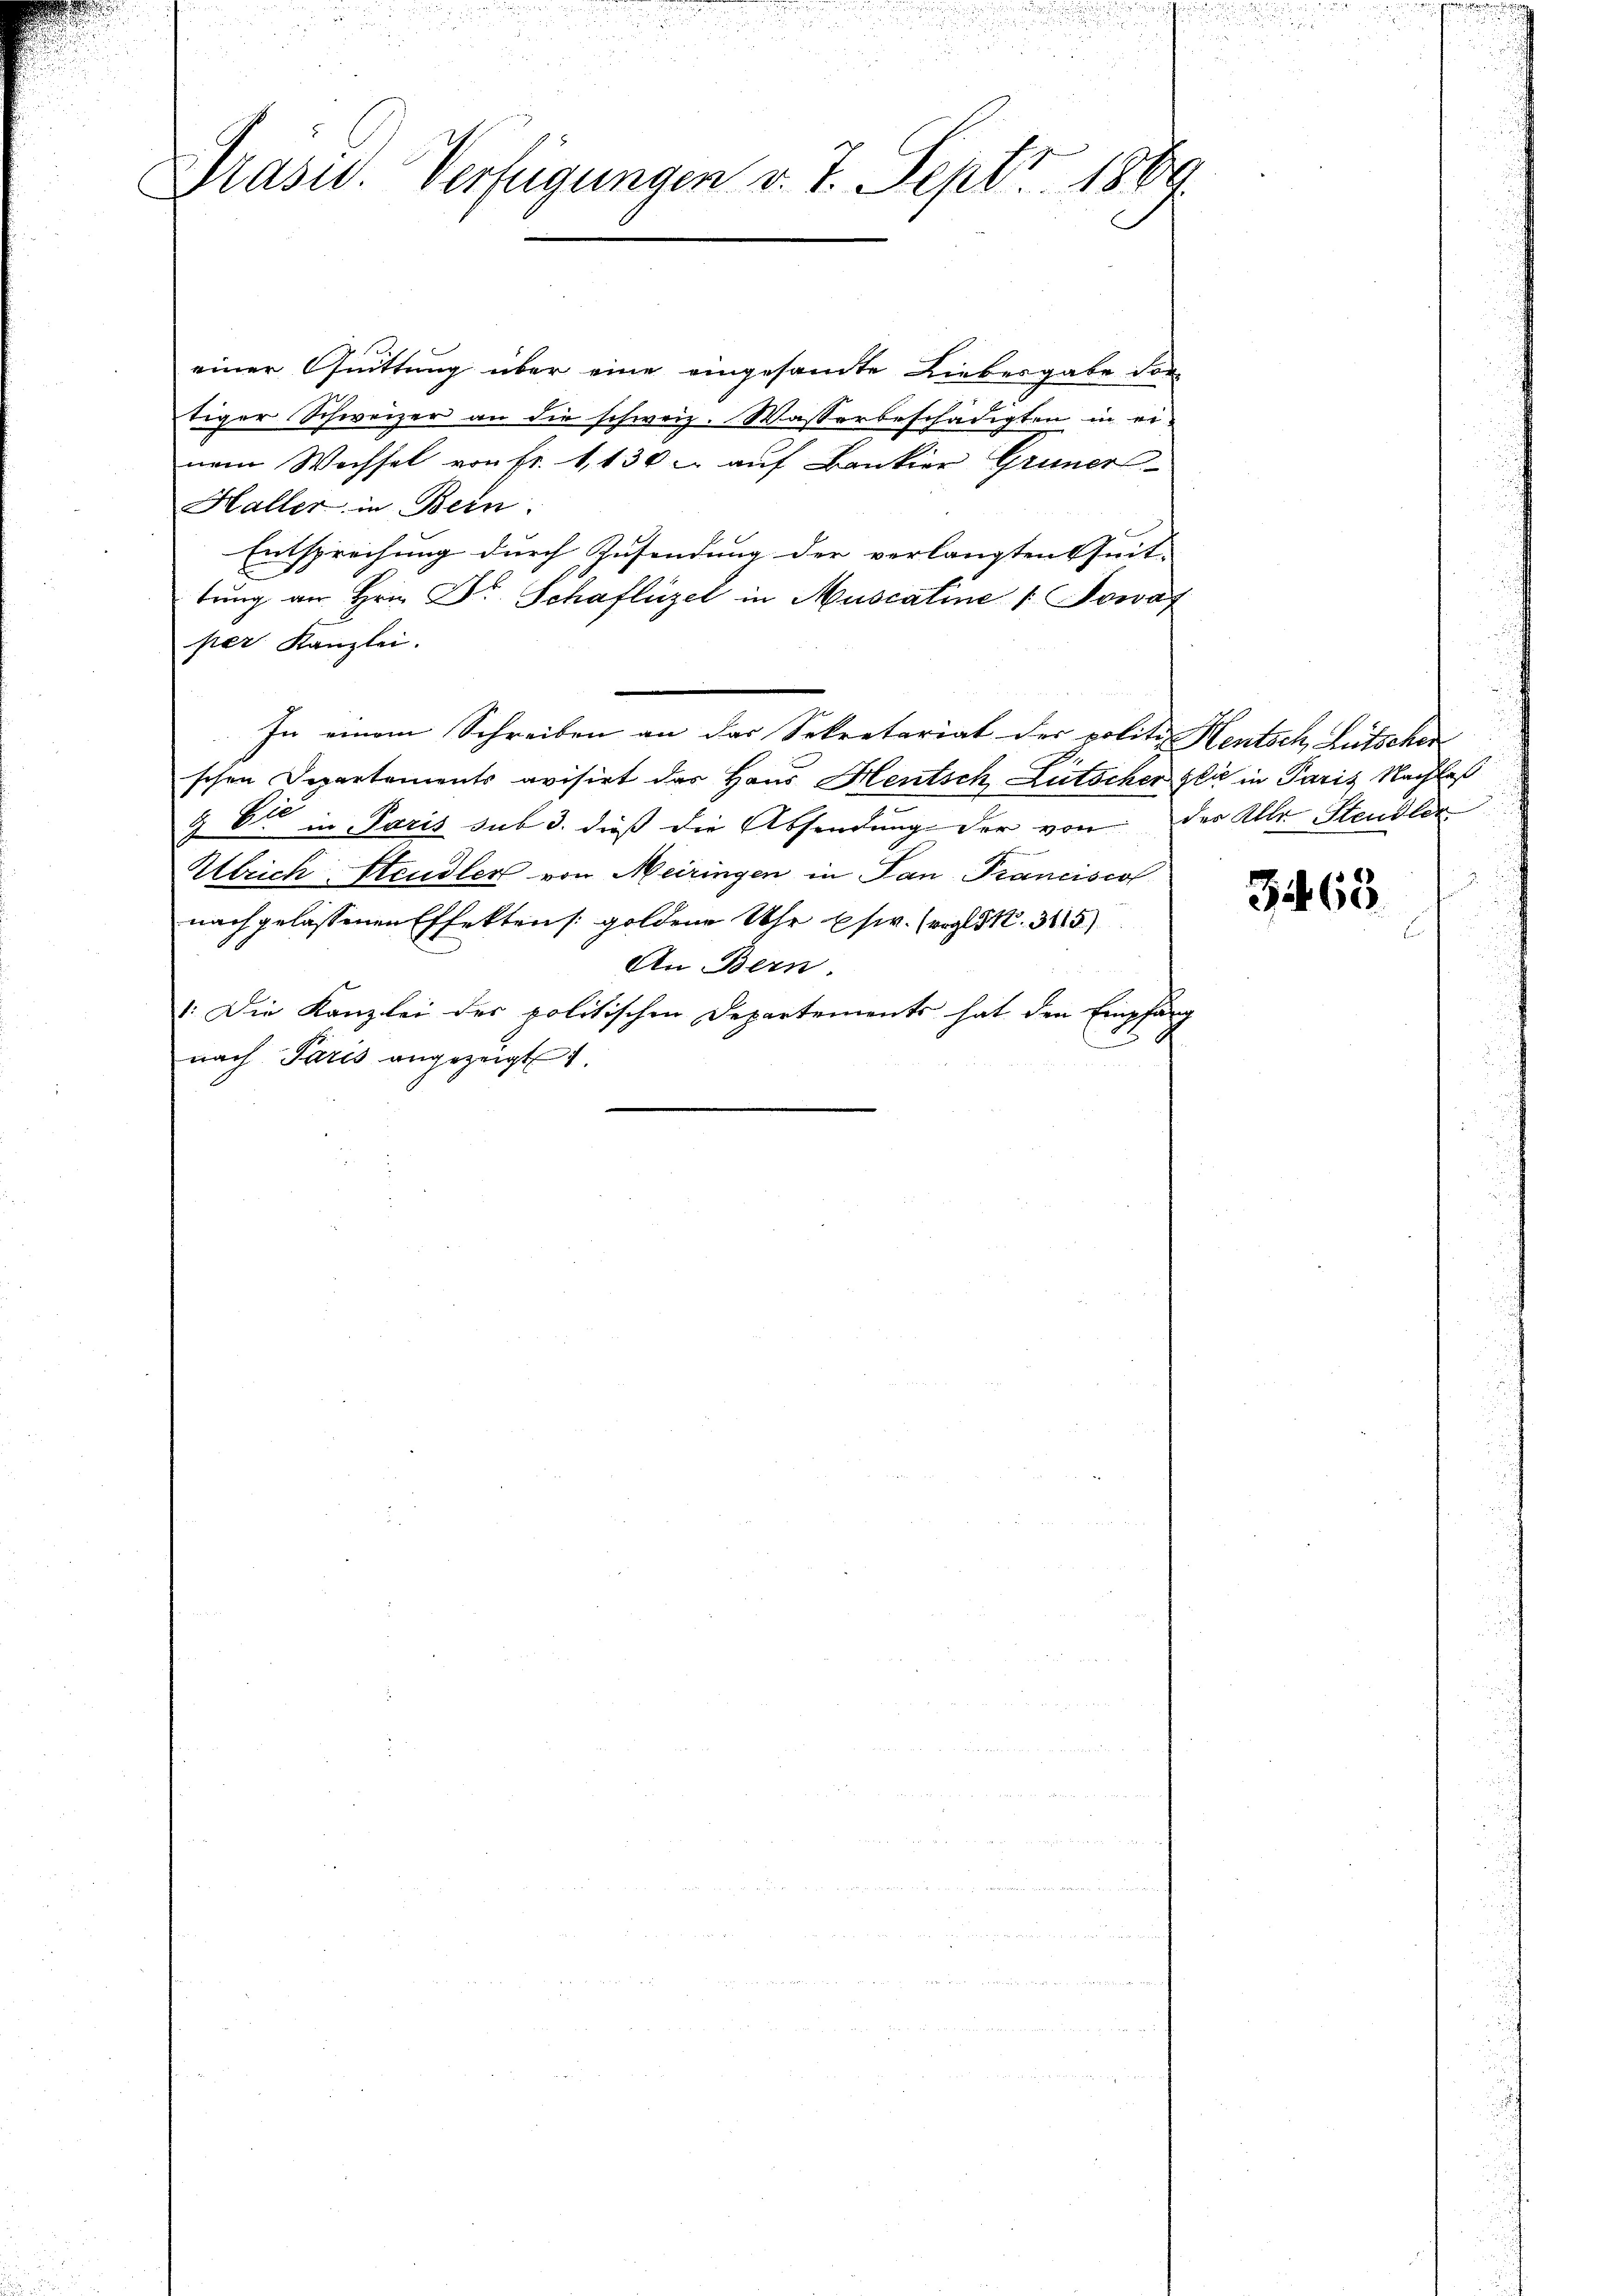
55.
u
Drasid. Verfügungen v. 7. Sept. 186
E

einer Quittung über eine eingesandte Liebesgabe der
tiger Schweizer an die schweiz. Wasserbeschädigten in er-
nem Wachsel von fr. 1130 - auf Bankier Grüner
Haller in Bern.
Entsprechung durch Zusendung der verlangten Zeit-
s
tung an Hrn. Dr. Schaflüzel in Muscaline [Sowag
per Kanzlei.
In einem Schreiben an das Sekretariat der politi Heutsch, Lutschen
schen Departements avisirt das Haus Heutsch Lütschen gli in Paris Nachlaß
9 6 in Paris sub 3. dieß die Absendung der von der Alle Steudler
Ulrich Heudler von Meiringen in Pan Pranciscol
nach gelassenen Effektens goldene Uhr es. (vgl. S. 315
An Bern.
1. Die Kanzlei der politischen Departements hat den Empfäng
nach Paris angezeigt

3463

u